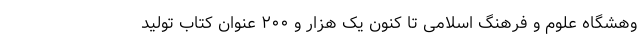
وهشگاه علوم و فرهنگ اسلامی تا کنون یک هزار و ۲۰۰ عنوان کتاب تولید